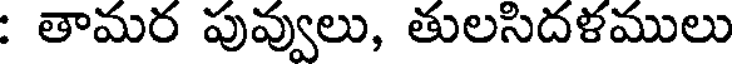
: తామర పువ్వులు, తులసిదళములు